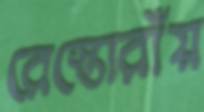
রেস্তোরাঁয়